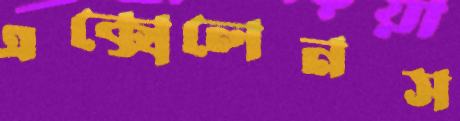
এক্সেলেনস